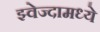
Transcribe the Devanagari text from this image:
झ्वेज्दामध्ये